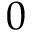
0